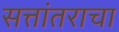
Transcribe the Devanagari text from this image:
सत्तांतराचा